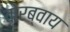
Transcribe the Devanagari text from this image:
वोरब्वाय